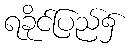
ရခိုင်ပြည်၌